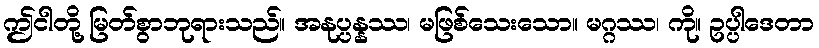
ဤငါတို့ မြတ်စွာဘုရားသည်။ အနုပ္ပန္နဿ၊ မဖြစ်သေးသော။ မဂ္ဂဿ၊ ကို။ ဥပ္ပါဒေတာ